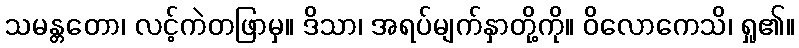
သမန္တတော၊ လင့်ကဲတဖြာမှ။ ဒိသာ၊ အရပ်မျက်နှာတို့ကို။ ဝိလောကေသိ၊ ရှု၏။